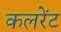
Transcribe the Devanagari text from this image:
कलरेंट